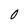
Character: 0